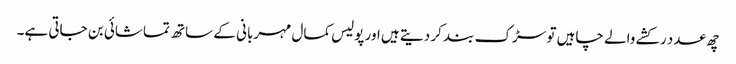
چھ عدد رکشے والے چاہیں تو سڑک بند کر دیتے ہیں اور پولیس کمال مہربانی کے ساتھ تماشائی بن جاتی ہے۔